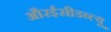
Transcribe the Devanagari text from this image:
औरईसीडब्ल्यू